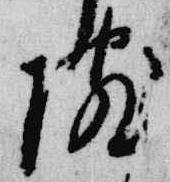
院